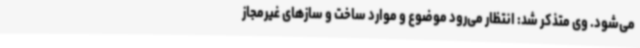
می‌شود. وی متذکر شد: انتظار می‌رود موضوع و موارد ساخت و سازهای غیرمجاز